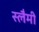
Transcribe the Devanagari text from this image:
स्लैमी